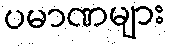
ပမာဏများ